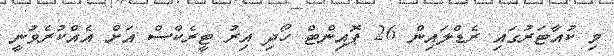
މި ކުއާޓަރުގައި ރެޑްލައިން 26 ޕޮއިންޓް ހޯދި އިރު ޓީރެކްސް އަށް އެއްކުރެވުނީ